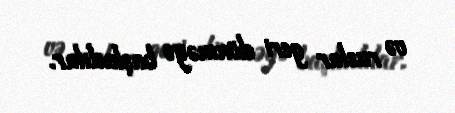
və ruslar geri dönməyə başladılar.